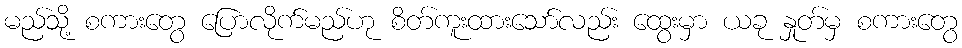
မည်သို့ စကားတွေ ပြောလိုက်မည်ဟု စိတ်ကူးထားသော်လည်း ထွေးမှာ ယခု နှုတ်မှ စကားတွေ